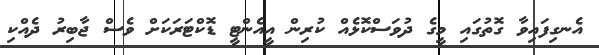
އެނގިފައިވާ ގޮތުގައި މީގެ ދުވަސްކޮޅެއް ކުރިން އީއެންޓީ ޑޮކްޓަރަކަށް ވެސް ޖާބިރު ދެއްކި